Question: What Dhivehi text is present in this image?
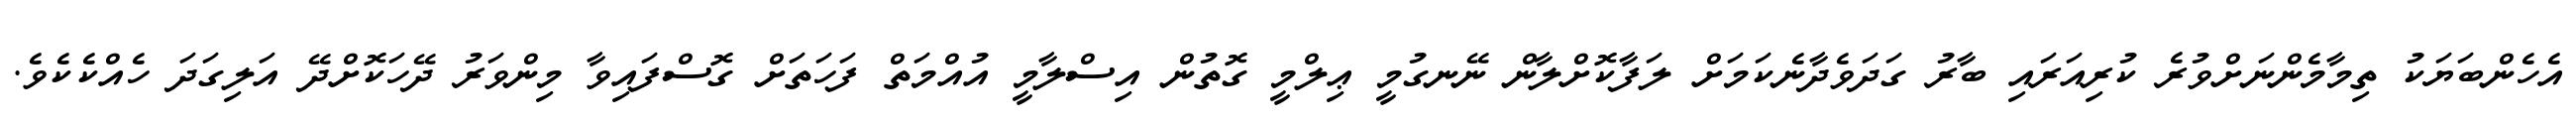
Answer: އެހެންބަޔަކު ތިމާމެންނަށްވުރެ ކުރިއަރައި ބާރު ގަދަވެދާނެކަމަށް ލަފާކޮށްލާން ނޭނގުމީ ޢިލްމީ ގޮތުން އިސްލާމީ އުއްމަތް ފަހަތަށް ގޮސްފައިވާ މިންވަރު ދޭހަކޮށްދޭ އަލިގަދަ ހެއްކެކެވެ.